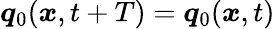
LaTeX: \boldsymbol{q}_{0}(\boldsymbol{x},t+T)=\boldsymbol{q}_{0}(\boldsymbol{x},t)